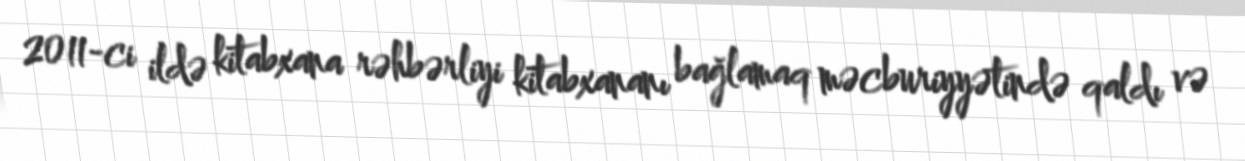
2011-ci ildə kitabxana rəhbərliyi kitabxananı bağlamaq məcburiyyətində qaldı və